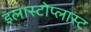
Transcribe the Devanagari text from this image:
इलास्टोप्लास्ट